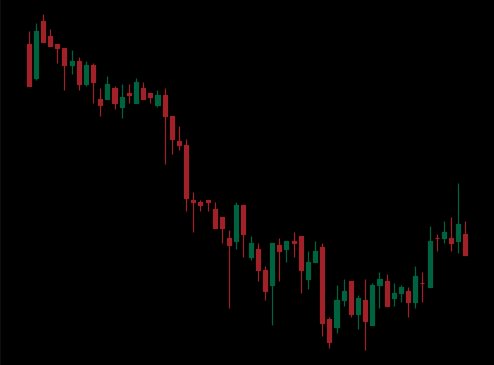
Pattern: bull_flag